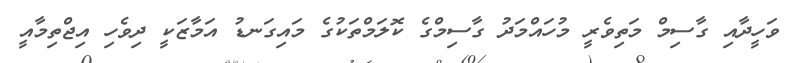
ވަހީދާއި ގާސިމް މަތިވެރީ މުހައްމަދު ގާސިމްގެ ކޮލަމްތަކުގެ މައިގަނޑު އަމާޒަކީ ދިވެހި އިޖްތިމާއީ